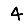
Digit: 4